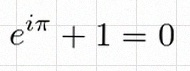
e^{i\pi}+1=0